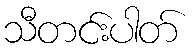
သီတင်းပါတ်